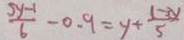
\frac { 5 y - 1 } { 6 } - 0 . 9 = y + \frac { 1 - 3 y } { 5 }